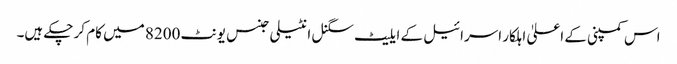
اس کمپنی کے اعلیٰ اہلکار اسرائیل کے ایلیٹ سگنل انٹیلی جنس یونٹ 8200 میں کام کر چکے ہیں۔